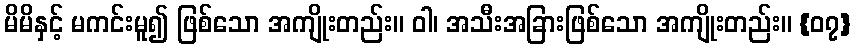
မိမိနှင့် မကင်းမူ၍ ဖြစ်သော အကျိုးတည်း။ ဝါ၊ အသီးအခြားဖြစ်သော အကျိုးတည်း။ {၀၇}